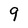
Character: 9